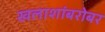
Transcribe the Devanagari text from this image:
खलाशांबरोबर